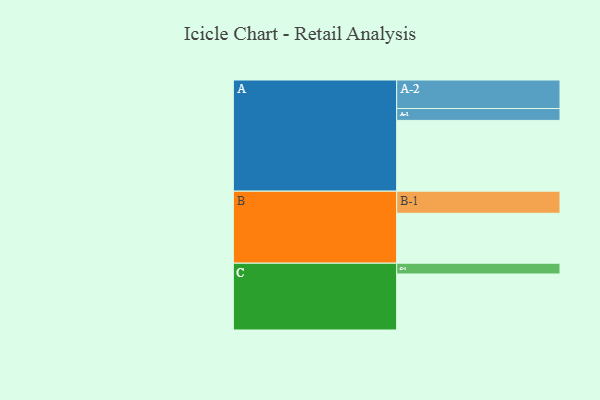
{"axis": {"x": "Segment", "y": "Value"}, "legend": ["", "A", "B", "C"], "data": [{"x": "A", "y": 512, "type": ""}, {"x": "B", "y": 361, "type": ""}, {"x": "C", "y": 405, "type": ""}, {"x": "A-1", "y": 86, "type": "A"}, {"x": "A-2", "y": 206, "type": "A"}, {"x": "B-1", "y": 160, "type": "B"}, {"x": "C-1", "y": 78, "type": "C"}]}